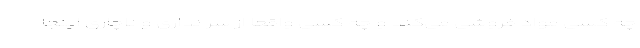
چه کسی مواد فروشی می‌کند و چه کسی واقعا از سر نداری و ناچاری اینجا